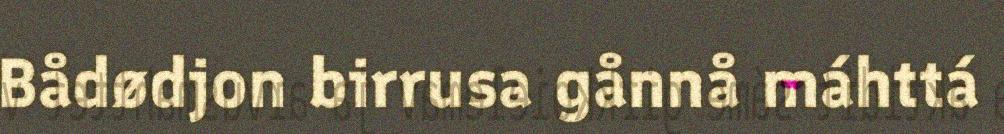
Bådødjon birrusa gånnå máhttá